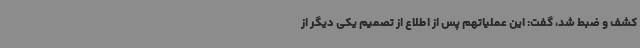
کشف و ضبط شد، گفت: این عملیاتهم پس از اطلاع از تصمیم یکی دیگر از